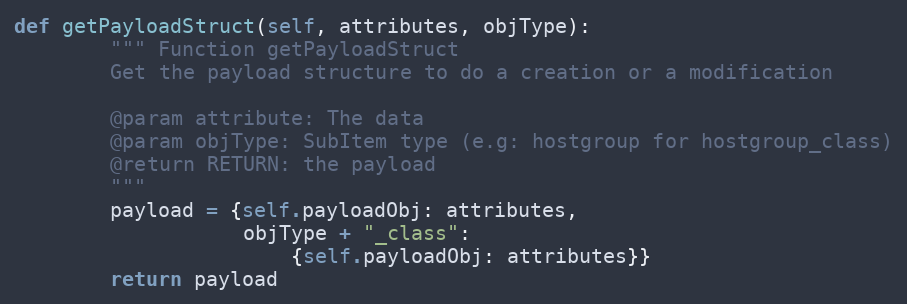
Language: Python
def getPayloadStruct(self, attributes, objType):
        """ Function getPayloadStruct
        Get the payload structure to do a creation or a modification

        @param attribute: The data
        @param objType: SubItem type (e.g: hostgroup for hostgroup_class)
        @return RETURN: the payload
        """
        payload = {self.payloadObj: attributes,
                   objType + "_class":
                       {self.payloadObj: attributes}}
        return payload